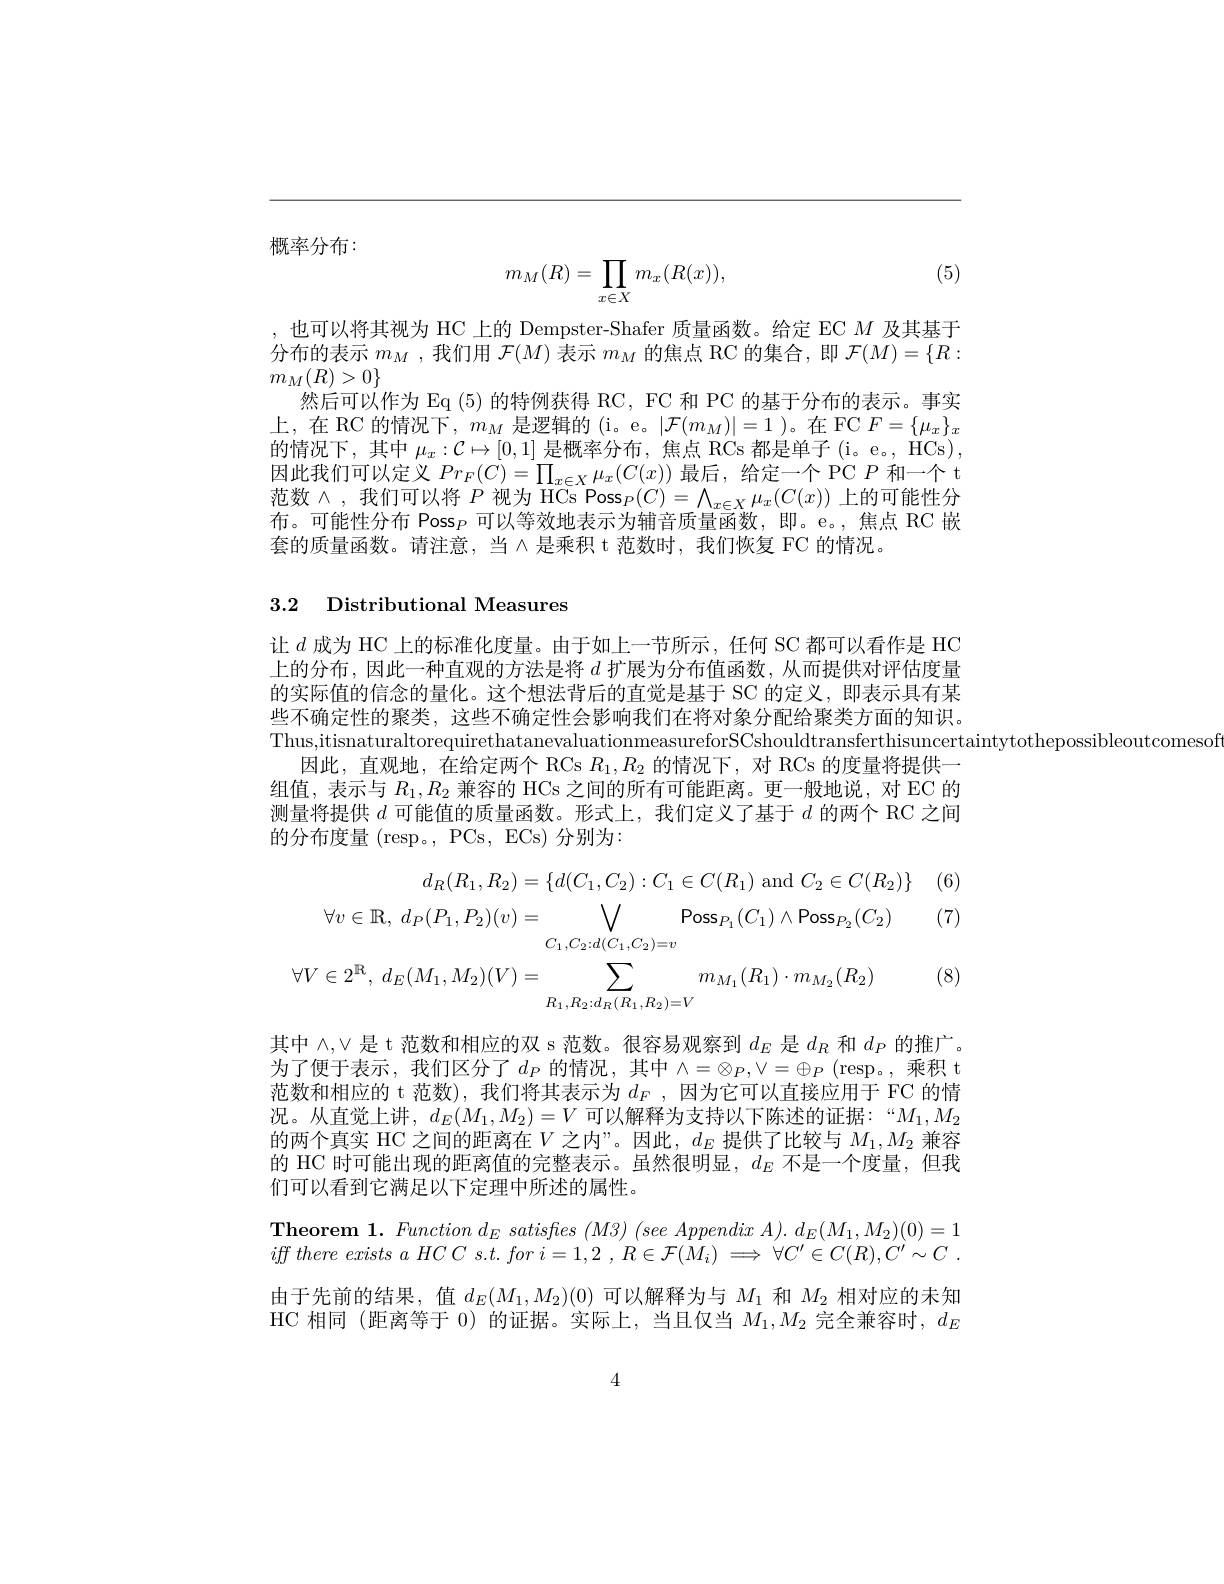
概率分布：

(5)
$$m_M(R)=\prod\limits_{x\in X}m_x(R(x)),$$
,也可以将其视为 HC 上的 Dempster-Shafer 质量函数。给定 EC $M$及其基于分布的表示$m_M$ ,我们用$\mathcal{F}(M)$表示$m_M$的焦点 RC 的集合，即$\mathcal{F}(M)=\{R:$ $m_{M}(R)>0\}$
然后可以作为 Eq (5) 的特例获得 RC, FC 和 PC 的基于分布的表示。事实上，在 RC 的情况下，$m_M$是逻辑的 (i。e。$|\mathcal{F}(m_M)|=1$)。在 FC $F=\{\mu_x\}_x$ 的情况下，其中$\mu_x:\mathcal{C}\mapsto[0,1]$是概率分布，焦点 RCs 都是单子(i。e。, HCs), 因此我们可以定义$Pr_F(C)=\prod_{x\in X}\mu_x(C(x))$最后，给定一个 PC $P$和一个 t 范数$\wedge$ ,我们可以将$P\text{ 视为 HCs Poss}_P(C)=\bigwedge_{x\in X}\mu_x(C(x))$上的可能性分布。可能性分布 Poss$_P$可以等效地表示为辅音质量函数，即。e。,焦点 RC 嵌套的质量函数。请注意，当$\wedge$是乘积 t 范数时，我们恢复 FC 的情况。

### 3.2 Distributional Measures

(7)

让$d$成为 HC 上的标准化度量。由于如上一节所示，任何 SC 都可以看作是 HC 上的分布，因此一种直观的方法是将$d$扩展为分布值函数，从而提供对评估度量的实际值的信念的量化。这个想法背后的直觉是基于 SC 的定义，即表示具有某些不确定性的聚类，这些不确定性会影响我们在将对象分配给聚类方面的知识。Thus, itisnaturaltorequirethatanevaluationmeasureforSCshouldtransferthisuncertaintytothepossibleoutcomesof
因此，直观地，在给定两个 RCs $R_1,R_2$的情况下，对 RCs 的度量将提供一组值，表示与$R_1,R_2$兼容的 HCs 之间的所有可能距离。更一般地说，对 EC 的测量将提供$d$可能值的质量函数。形式上，我们定义了基于$d$的两个 RC 之间的分布度量(resp。,~PCs,~ECs)~分别为：
(6)
$$d_R(R_1,R_2)=\{d(C_1,C_2):C_1\in C(R_1)\mathrm{~and~}C_2\in C(R_2)$$
$$\begin{aligned}u_{R}(n_{1},R_{2})&=\{u(C_{1},C_{2}):C_{1}\subset C(n_{1})\mathrm{~and~}C_{2}\subset C(n_{2})\}\\\forall v\in\mathbb{R},\:d_{P}(P_{1},P_{2})(v)&=\bigvee_{C_{1},C_{2}:d(C_{1},C_{2})=v}\mathsf{Poss}_{P_{1}}(C_{1})\wedge\mathsf{Poss}_{P_{2}}(C_{2})\\\forall V\in2^{\mathbb{R}},\:d_{E}(M_{1},M_{2})(V)&=\sum_{R_{1},R_{2}:d_{R}(R_{1},R_{2})=V}m_{M_{1}}(R_{1})\cdot m_{M_{2}}(R_{2})\end{aligned}$$
(8)
其中$\wedge,\vee$是 t 范数和相应的双 s 范数。很容易观察到$d_E$是$d_R$和$d_P$的推广。为了便于表示，我们区分了$d_P$ 的情况，其中$\wedge=\otimes_P,\vee=\oplus_P$(resp。,乘积 t 范数和相应的 t 范数),我们将其表示为$d_F$,因为它可以直接应用于 FC 的情况。从直觉上讲，$d_E(M_1,M_2)=V$可以解释为支持以下陈述的证据：“$M_1,M_2$ 的两个真实 HC 之间的距离在$V$之内”。因此，$d_E$提供了比较与$M_1,M_2$兼容的 HC 时可能出现的距离值的完整表示。虽然很明显，$d_E$不是一个度量，但我们可以看到它满足以下定理中所述的属性。
$\textbf{Theorem 1. Function d}_{E}\textit{satisfles (M3) (see Appendix A). d}_{E}(M_{1},M_{2})(0)=1$ iff there exists $a$ $HC$ $C$ $s. t.$ for $i= 1, 2$ , $R\in \mathcal{F} ( M_{i}) \Longrightarrow \forall C^{\prime }\in C( R) , C^{\prime }\sim C$ . 由于先前的结果，值$d_E(M_1,M_2)(0)$可以解释为与$M_1$和$M_2$相对应的未知HC 相同 (距离等于 0) 的证据。实际上，当且仅当$M_1,M_2$完全兼容时，$d_E$

4